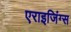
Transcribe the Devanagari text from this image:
एराइजिंग्स